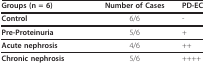
<table><thead><tr><td><b>Groups (n = 6)</b></td><td><b>Number of Cases</b></td><td><b>PD-ECGF</b></td></tr></thead><tbody><tr><td><b>Control</b></td><td>6/6</td><td>-</td></tr><tr><td><b>Pre-Proteinuria</b></td><td>5/6</td><td>+</td></tr><tr><td><b>Acute nephrosis</b></td><td>4/6</td><td>++</td></tr><tr><td><b>Chronic nephrosis</b></td><td>5/6</td><td>++++</td></tr></tbody></table>